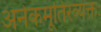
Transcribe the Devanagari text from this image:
अनेकमूर्तिरव्यक्तः